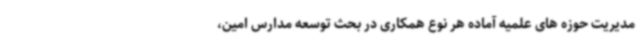
مدیریت حوزه های علمیه آماده هر نوع همکاری در بحث توسعه مدارس امین،